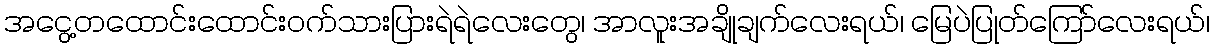
အငွေ့တထောင်းထောင်းဝက်သားပြားရဲရဲလေးတွေ၊ အာလူးအချိုချက်လေးရယ်၊ မြေပဲပြုတ်ကြော်လေးရယ်၊